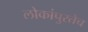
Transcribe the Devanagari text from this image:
लोकांपुरतेच